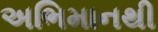
અભિમાનથી